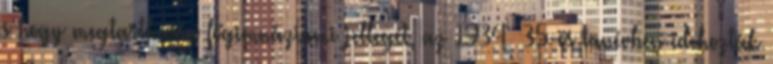
s hogy megtarthassa főgimnáziumi jellegét, az 1934 35-ös tanévben idehozták